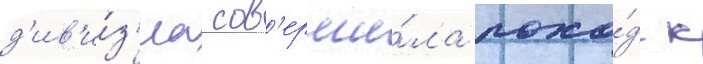
д'ив'и́з'иа сов'ерши́ла похо́д к